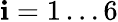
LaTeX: \mathbf{i}=1\ldots6